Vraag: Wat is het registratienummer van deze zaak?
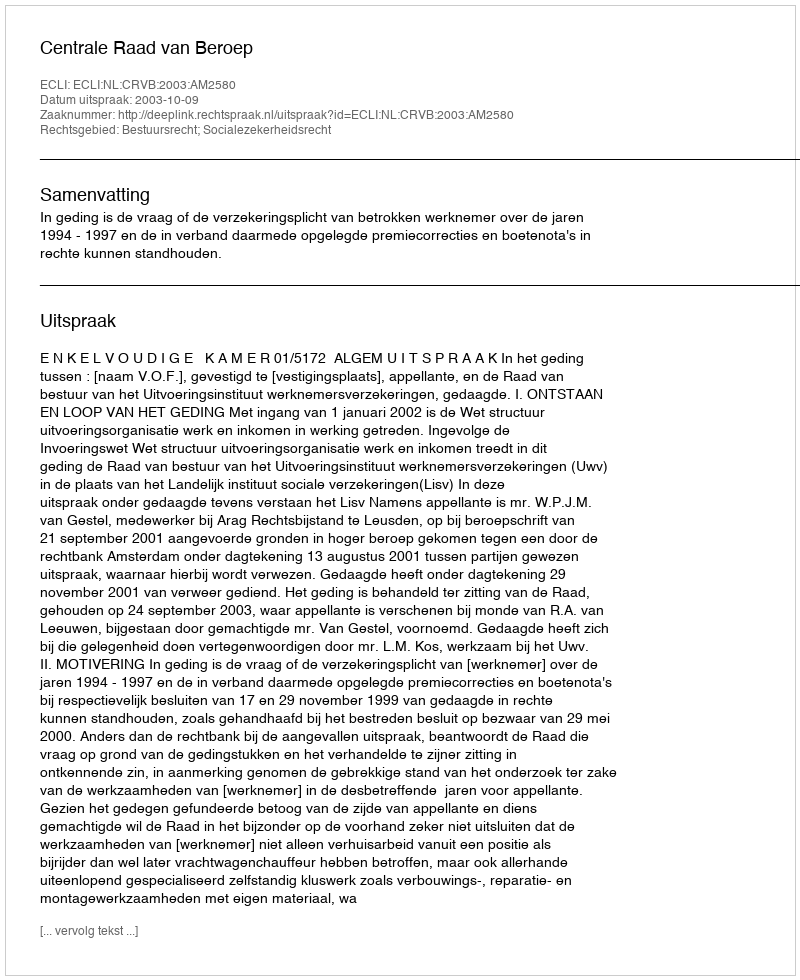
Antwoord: http://deeplink.rechtspraak.nl/uitspraak?id=ECLI:NL:CRVB:2003:AM2580